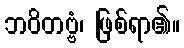
ဘဝိတဗ္ဗံ၊ ဖြစ်ရာ၏။